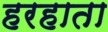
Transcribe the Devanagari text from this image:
हरहाता